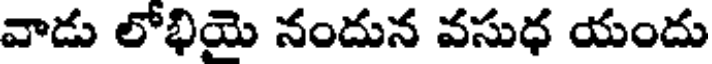
వాడు లోభియె నందున వసుధ యందు